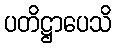
ပတိဋ္ဌာပေသိ